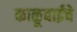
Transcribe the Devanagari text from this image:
काळूबाईचे